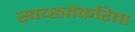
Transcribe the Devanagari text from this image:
स्वच्छतेकरिता